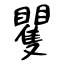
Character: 矍